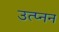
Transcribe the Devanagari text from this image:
उत्प्नन